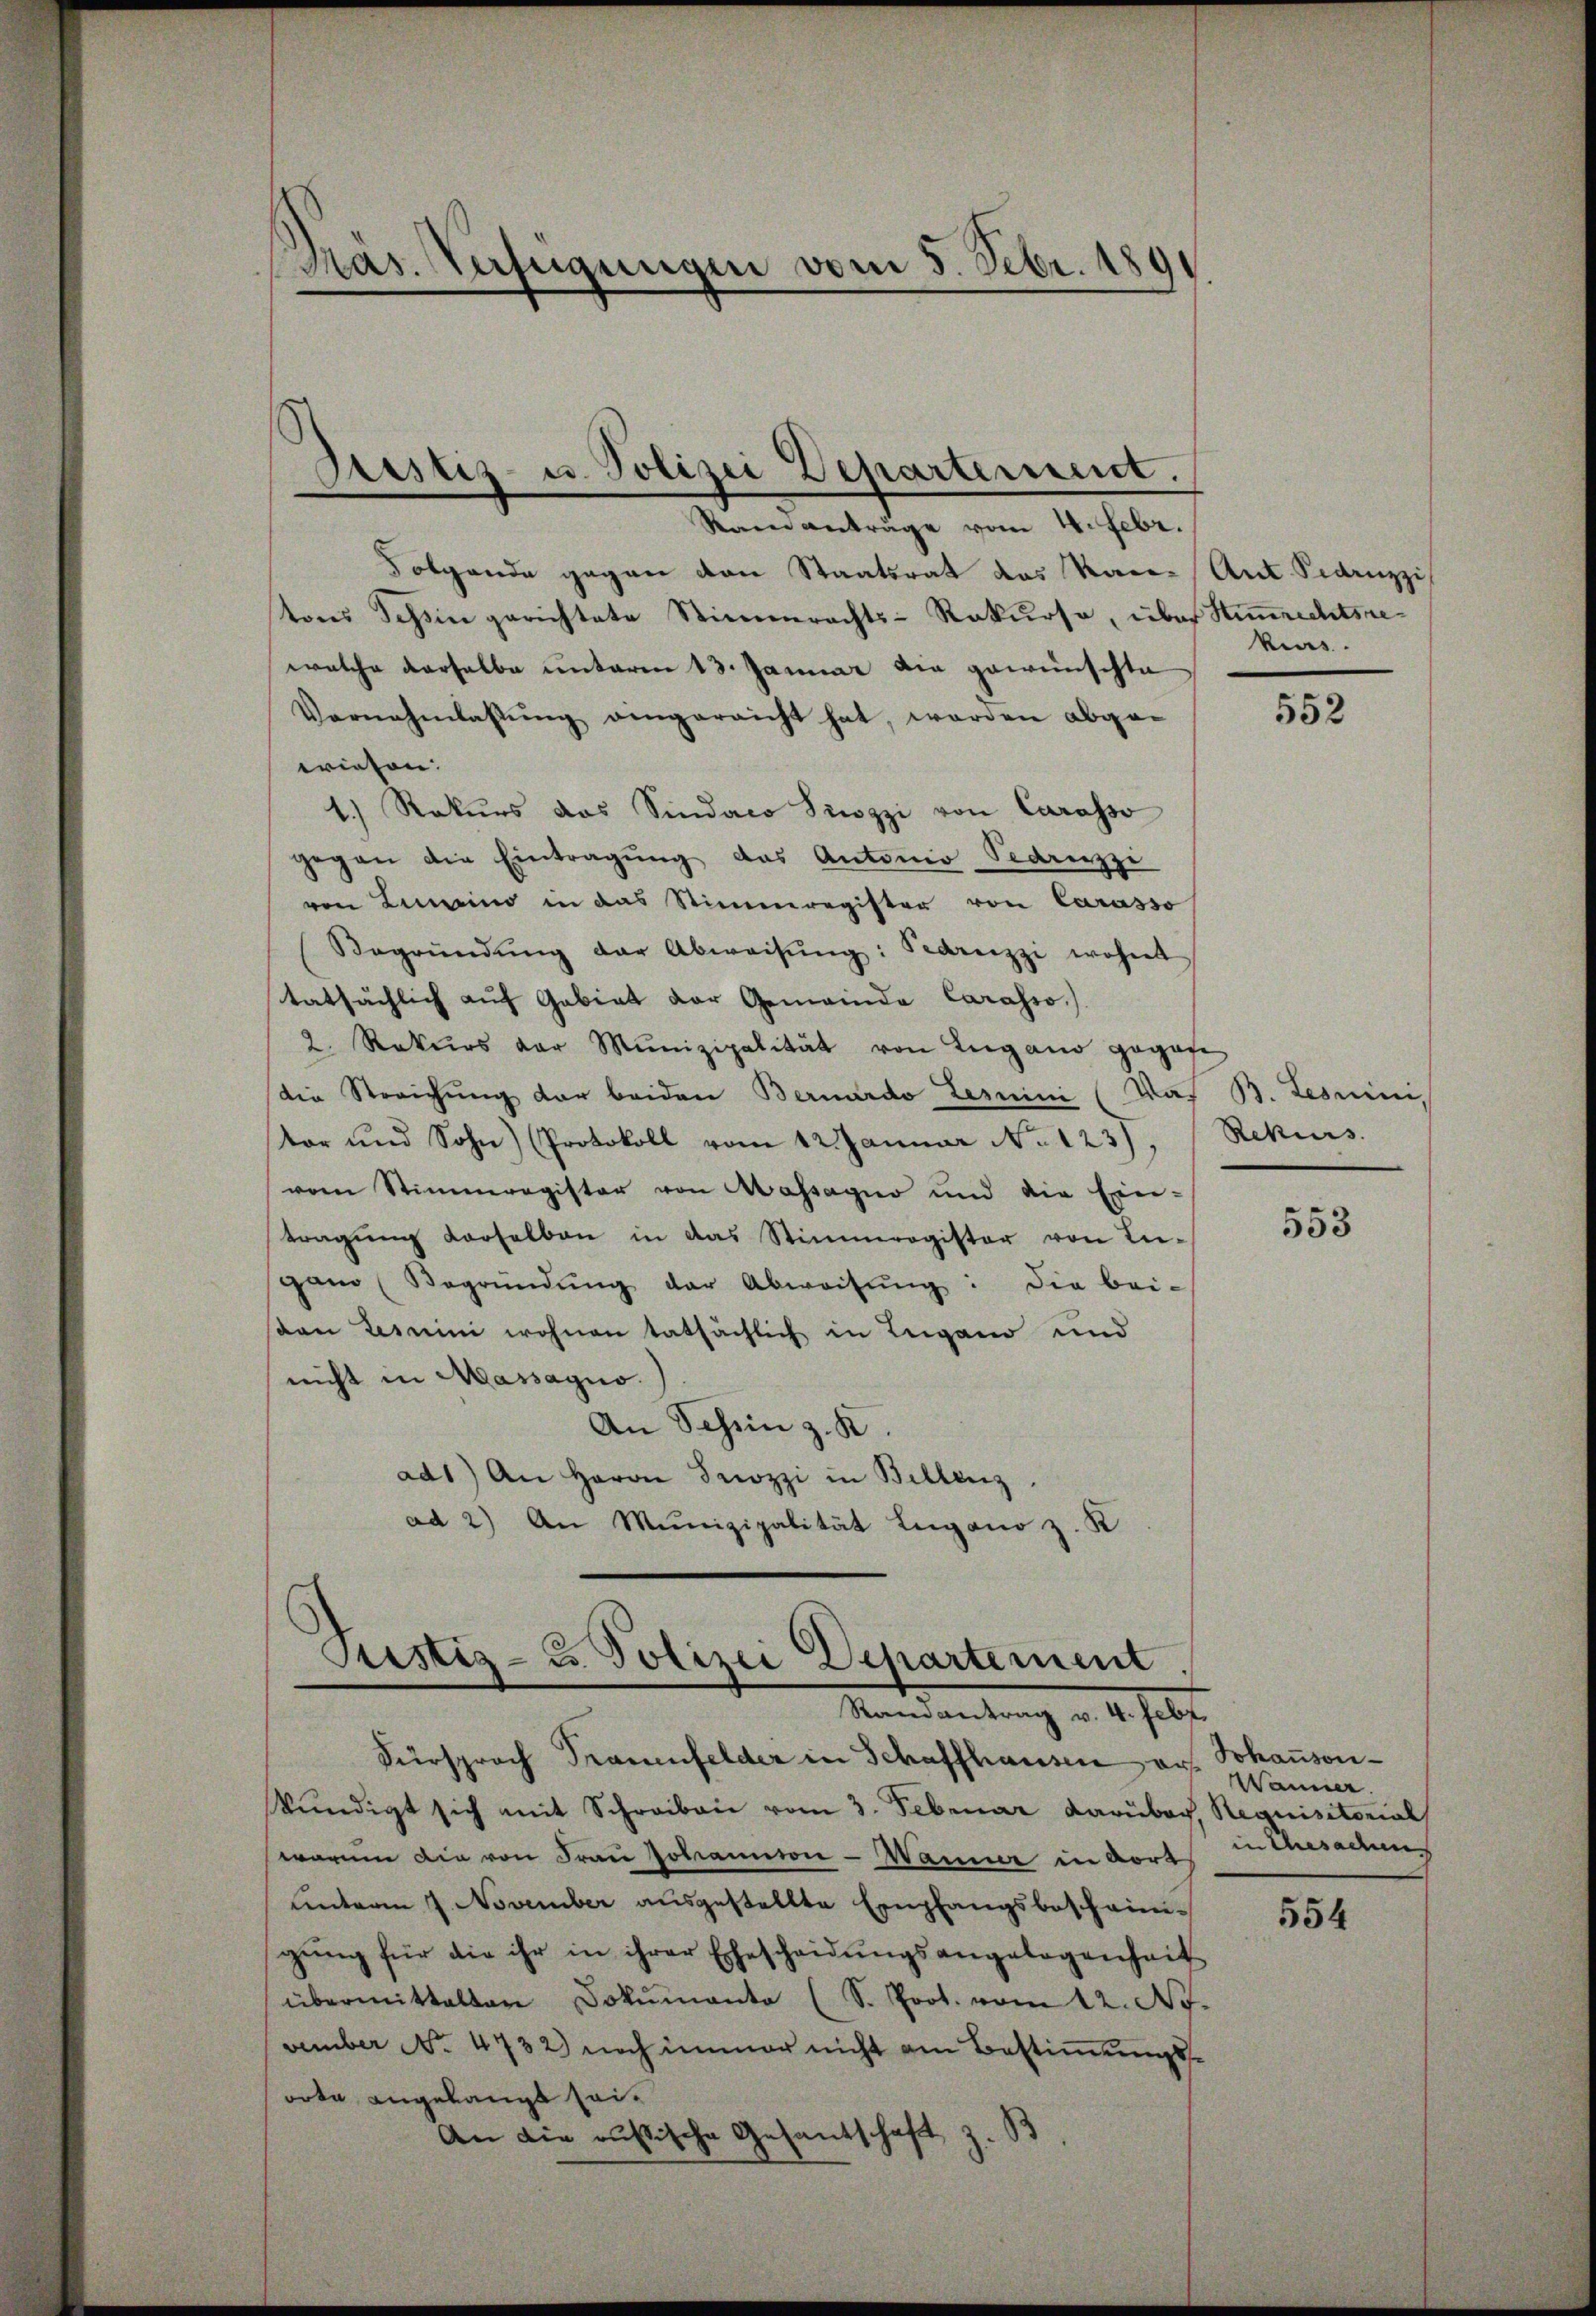
Präs. Rusugungen vom 5. Febr. 1891

Folgende gegen den Staatsrat des Rai- Ant. Sidanzzis
tons Tessin gerichtete Stimmrechts-Rekurse, über Stimmrechtsrewelche derselbe unterm 13. Januar die gewünschte
Vornahmlassŭng eingereicht hat, worden abge-
wiesen:
1.) Rekurs das Sindaco Pizzi von Carasso
gegen die Eintragŭng des Antonio Pednzzi
von Lumino in das Stimmregister von Carasso
Begründŭng der Abweisŭng: Federuzzi wohnt
tatsächlich auf Gebiet der Gemeinde Carasso)
2. Rekurs der Munizipalität von Lugano gegebe
die Streichung der beiden Bernardo Lemmini (das B. Lesuini,
tor und Sohn) (Protokoll vom 12. Januar No 123),
vom Stimmregister von Massagio und die Ein-
tragŭng derselben in das Stimmregister von In-
gano (Begründŭng der Abweisŭng: die bei-
sten Lesmini wohnen tatsächlich in Lugano und
nicht in Massagio.
An Schen z. K.
ad1) An Herrn Prozzi in Billenz
ad 2) An Munizipalität Lugano z. K

Bestiz- u. Polizei Departement.
Raneanträge vom 4. Febr.

Justiz- u. Polizei Departement
Randantrag v. 4. Febr.

Fürsprach Trauenfelder in Schaffhausen ars. Johanson-
kŭndigt sich mit Schreiben vom 3. Februar darüber, Requisitorial
warum die von Frau Johannion - Wanne in dort
unterm 7. November ausgestellte Empfangsbescheinigung für die ihr in ihrer Ehescheidungsangelegenheit
übermittalten Dokumento (S. Prot. vom 12. No.
vember No. 4732) noch immer nicht am Bestimmungsvota angelangt sei¬
An die russische Gesantschaft z.

kus.

552

Rekurs

553

Wanne.
in Ehesadmi

554